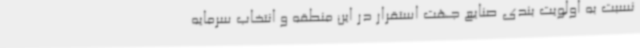
نسبت به اولویت بندی صنایع جهت استقرار در این منطقه و انتخاب سرمایه